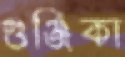
গুঞ্জিকা